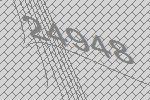
24948